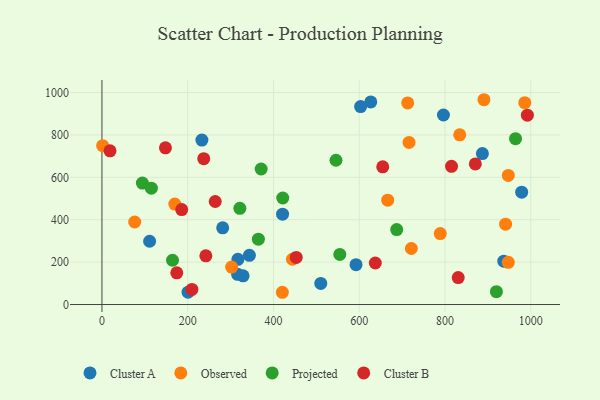
{"axis": {"x": "Study Hours", "y": "Yield"}, "legend": ["Cluster A", "Cluster B", "Observed", "Projected"], "data": [{"x": "316.4", "y": 142.5, "type": "Cluster A"}, {"x": "978.8", "y": 530.1, "type": "Cluster A"}, {"x": "317.1", "y": 213.3, "type": "Cluster A"}, {"x": "421.2", "y": 426.0, "type": "Cluster A"}, {"x": "343.9", "y": 232.0, "type": "Cluster A"}, {"x": "887.2", "y": 712.2, "type": "Cluster A"}, {"x": "111.2", "y": 298.6, "type": "Cluster A"}, {"x": "510.3", "y": 99.7, "type": "Cluster A"}, {"x": "200.8", "y": 58.1, "type": "Cluster A"}, {"x": "796.4", "y": 894.0, "type": "Cluster A"}, {"x": "329.1", "y": 135.4, "type": "Cluster A"}, {"x": "233.1", "y": 775.6, "type": "Cluster A"}, {"x": "626.9", "y": 955.5, "type": "Cluster A"}, {"x": "592.5", "y": 188.0, "type": "Cluster A"}, {"x": "603.2", "y": 933.6, "type": "Cluster A"}, {"x": "281.6", "y": 361.8, "type": "Cluster A"}, {"x": "937.1", "y": 204.3, "type": "Cluster A"}, {"x": "444.2", "y": 213.7, "type": "Observed"}, {"x": "947.6", "y": 199.1, "type": "Observed"}, {"x": "834.3", "y": 800.6, "type": "Observed"}, {"x": "941.3", "y": 378.9, "type": "Observed"}, {"x": "302.4", "y": 176.5, "type": "Observed"}, {"x": "76.4", "y": 389.3, "type": "Observed"}, {"x": "947.6", "y": 609.0, "type": "Observed"}, {"x": "169.9", "y": 473.7, "type": "Observed"}, {"x": "986.0", "y": 952.0, "type": "Observed"}, {"x": "1.6", "y": 749.2, "type": "Observed"}, {"x": "716.1", "y": 764.8, "type": "Observed"}, {"x": "789.0", "y": 334.8, "type": "Observed"}, {"x": "721.5", "y": 264.3, "type": "Observed"}, {"x": "666.4", "y": 492.1, "type": "Observed"}, {"x": "713.0", "y": 950.8, "type": "Observed"}, {"x": "890.8", "y": 966.1, "type": "Observed"}, {"x": "420.7", "y": 57.8, "type": "Observed"}, {"x": "164.6", "y": 208.8, "type": "Projected"}, {"x": "371.3", "y": 639.4, "type": "Projected"}, {"x": "545.8", "y": 680.7, "type": "Projected"}, {"x": "94.3", "y": 573.0, "type": "Projected"}, {"x": "687.4", "y": 353.5, "type": "Projected"}, {"x": "364.8", "y": 308.2, "type": "Projected"}, {"x": "421.6", "y": 502.6, "type": "Projected"}, {"x": "554.7", "y": 236.3, "type": "Projected"}, {"x": "321.6", "y": 453.8, "type": "Projected"}, {"x": "115.3", "y": 548.7, "type": "Projected"}, {"x": "919.9", "y": 60.5, "type": "Projected"}, {"x": "964.5", "y": 782.6, "type": "Projected"}, {"x": "186.0", "y": 447.9, "type": "Cluster B"}, {"x": "870.7", "y": 663.1, "type": "Cluster B"}, {"x": "148.1", "y": 739.4, "type": "Cluster B"}, {"x": "242.3", "y": 229.6, "type": "Cluster B"}, {"x": "18.8", "y": 725.1, "type": "Cluster B"}, {"x": "654.8", "y": 649.5, "type": "Cluster B"}, {"x": "237.4", "y": 687.8, "type": "Cluster B"}, {"x": "830.8", "y": 127.3, "type": "Cluster B"}, {"x": "637.5", "y": 195.9, "type": "Cluster B"}, {"x": "174.5", "y": 149.6, "type": "Cluster B"}, {"x": "815.2", "y": 652.0, "type": "Cluster B"}, {"x": "264.2", "y": 486.0, "type": "Cluster B"}, {"x": "453.1", "y": 222.1, "type": "Cluster B"}, {"x": "992.1", "y": 893.3, "type": "Cluster B"}, {"x": "209.8", "y": 71.4, "type": "Cluster B"}]}